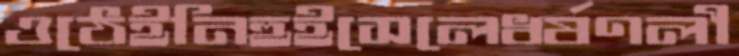
ওঠেইনিহুইসেলেধর্ষণলী